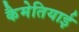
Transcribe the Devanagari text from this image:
कैमेतियाई